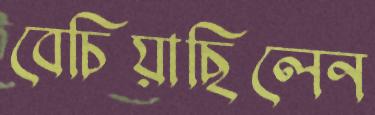
বেচিয়াছিলেন